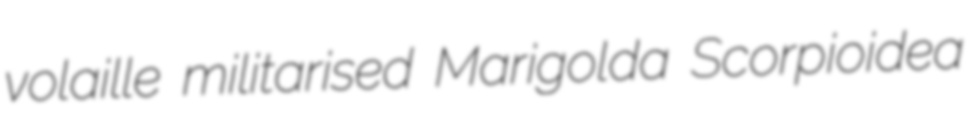
volaille militarised Marigolda Scorpioidea